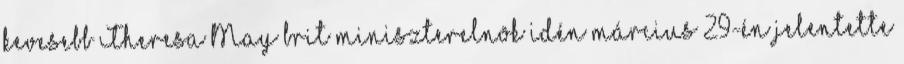
kevesebb Theresa May brit miniszterelnök idén március 29-én jelentette